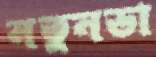
নতুনডা